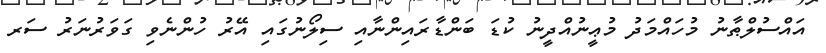
އައްސުލްޠާނު މުހައްމަދު މުޢީނުއްދީނު ކުޑަ ބަންޑާރައިންނާއި ސިލޯނުގައި އޭރު ހުންނެވި ގަވަރުނަރު ސަރ